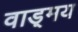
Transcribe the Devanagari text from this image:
वाड़्मय